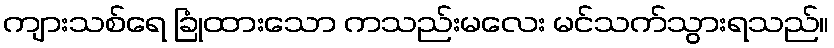
ကျားသစ်ရေ ခြုံထားသော ကသည်းမလေး မင်သက်သွားရသည်။